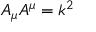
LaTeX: A _ { \mu } A ^ { \mu } = k ^ { 2 }